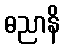
ဓညာနိ